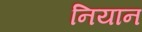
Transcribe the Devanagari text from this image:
नियान